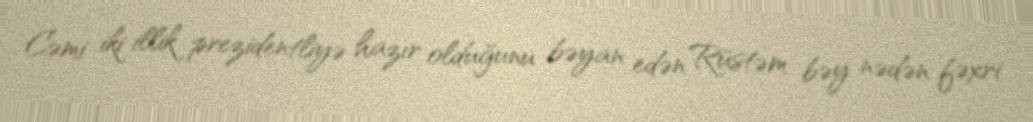
Cəmi iki illik prezidentliyə hazır olduğunu bəyan edən Rüstəm bəy nədən fəxri